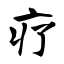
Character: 疗